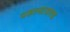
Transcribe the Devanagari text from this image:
पडल्यावरच